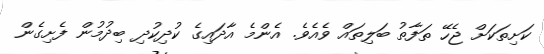
ކަށިތަކަށް ޖެހޭ ތަފާތު ބަލިތައް ވެއެވެ. އެންމެ އާދައިގެ ކުދިކުދި ބިދުމުން ފެށިގެން